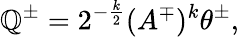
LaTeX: \mathbb{Q}^{\pm}=2^{-\frac{k}{2}}(A^{\mp})^{k}\theta^{\pm},